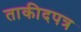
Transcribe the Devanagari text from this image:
ताकीदपत्र